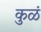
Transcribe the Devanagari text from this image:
कुळं